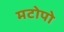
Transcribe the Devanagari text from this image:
मटोपो